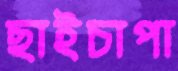
ছাইচাপা